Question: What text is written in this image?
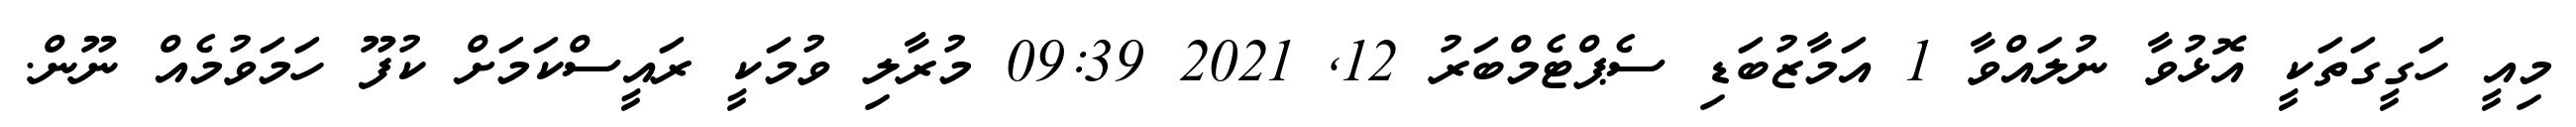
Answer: މިއީ ހަގީގަތަކީ އޮޅުވާ ނުލައްވާ 1 އަމާޒުބަޑި ސެޕްޓެމްބަރު 12, 2021 09:39 މުރާލި ވުމަކީ ރައީސްކަމަށް ކުފޫ ހަމަވުމެއް ނޫން.